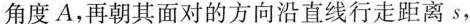
角度A，再朝其面对的方向沿直线行走距离s，